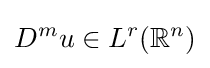
D^{m}u\in L^{r}(\mathbb {R} ^{n})